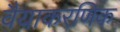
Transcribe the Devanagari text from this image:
वैयाकरणिक